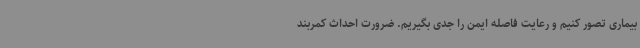
بیماری تصور کنیم و رعایت فاصله ایمن را جدی بگیریم. ضرورت احداث کمربند